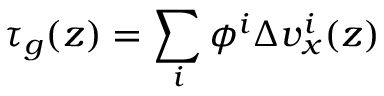
\tau _ { g } ( z ) = \sum _ { i } \phi ^ { i } \Delta v _ { x } ^ { i } ( z )